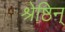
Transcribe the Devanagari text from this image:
श्रेष्ठिन्